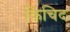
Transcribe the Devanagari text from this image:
किंचिद